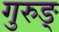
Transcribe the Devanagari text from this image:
गुरुङ्